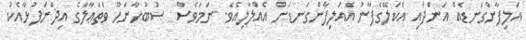
އަލިފާންގަނޑެއް އަންދައި އެކަލޭގެފާނު އެއަލިފާންގަނޑަށް އެއްލާލިއެވެ. ނަމަވެސް  ޞުބުޙާނަހޫ ވަތަޢާލާގެ އިޛްނަފުޅާއެކު